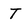
Character: T